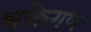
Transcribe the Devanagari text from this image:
भक्तेगण